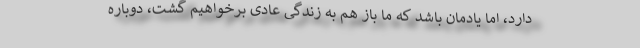
دارد، اما یادمان باشد که ما باز هم به زندگی عادی برخواهیم گشت، دوباره